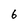
Character: 6